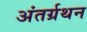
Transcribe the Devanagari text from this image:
अंतर्ग्रथन